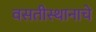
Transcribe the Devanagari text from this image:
वसतीस्थानाचे